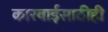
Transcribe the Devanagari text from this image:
कारवाईसाठीही